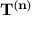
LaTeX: \mathbf { T } ^ { ( \mathbf { n } ) }